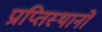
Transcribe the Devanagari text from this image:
प्राप्तिस्थानों